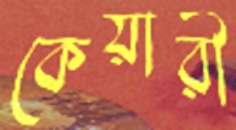
কেয়ারী